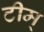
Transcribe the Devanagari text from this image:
टीम्